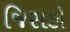
જિસકો